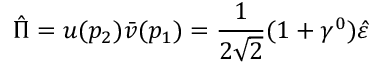
\hat { \Pi } = u ( p _ { 2 } ) \bar { v } ( p _ { 1 } ) = \frac { 1 } { 2 \sqrt { 2 } } ( 1 + \gamma ^ { 0 } ) \hat { \varepsilon }